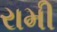
રામી